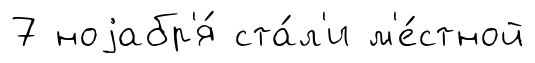
7 ноjабр'я́ ста́л'и м'е́стной